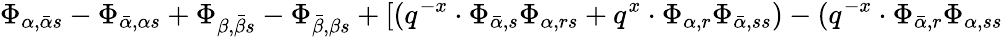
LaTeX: \Phi_{\alpha,\bar{\alpha}s}-\Phi_{\bar{\alpha},\alpha s}+\Phi_{\beta,\bar{\beta}s}-\Phi_{\bar{\beta},\beta s}+[(q^{-x}\cdot\Phi_{\bar{\alpha},s}\Phi_{\alpha,rs}+q^{x}\cdot\Phi_{\alpha,r}\Phi_{\bar{\alpha},ss})-(q^{-x}\cdot\Phi_{\bar{\alpha},r}\Phi_{\alpha,ss}